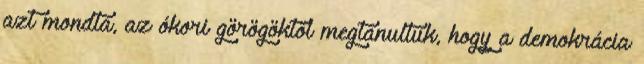
azt mondta, az ókori görögöktől megtanultuk, hogy a demokrácia